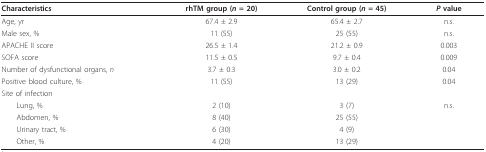
| Characteristics | rhTM group (n = 20) | Control group (n = 45) | P value |
 | --- | --- | --- | --- |
 | Age, yr | 67.4 ± 2.9 | 65.4 ± 2.7 | n.s. |
 | Male sex, % | 11 (55) | 25 (55) | n.s. |
 | APACHE II score | 26.5 ± 1.4 | 21.2 ± 0.9 | 0.003 |
 | SOFA score | 11.5 ± 0.5 | 9.7 ± 0.4 | 0.009 |
 | Number of dysfunctional organs, n | 3.7 ± 0.3 | 3.0 ± 0.2 | 0.04 |
 | Positive blood culture, % | 11 (55) | 13 (29) | 0.04 |
 | Site of infection |  |  |  |
 | Lung, % | 2 (10) | 3 (7) | n.s. |
 | Abdomen, % | 8 (40) | 25 (55) |  |
 | Urinary tract, % | 6 (30) | 4 (9) |  |
 | Other, % | 4 (20) | 13 (29) |  |